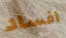
افساد